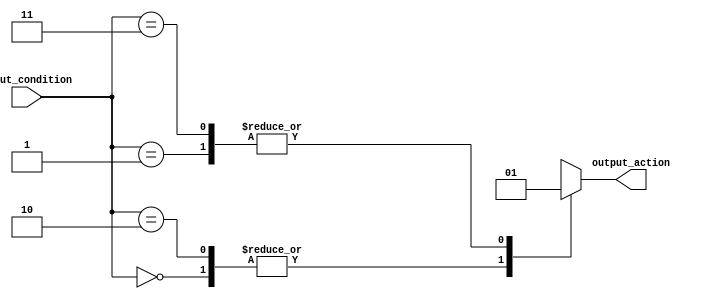
module full_case_statement (
    input wire [1:0] input_condition,
    output reg output_action
);

always @(*)
begin
    case (input_condition)
        2'b00: output_action = 1'b0;
        2'b01: output_action = 1'b1;
        2'b10: output_action = 1'b0;
        2'b11: output_action = 1'b1;
    endcase
end

endmodule